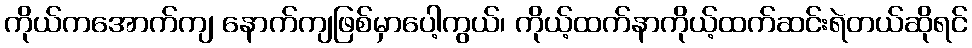
ကိုယ်ကအောက်ကျ နောက်ကျဖြစ်မှာပေါ့ကွယ်၊ ကိုယ့်ထက်နာကိုယ့်ထက်ဆင်းရဲတယ်ဆိုရင်